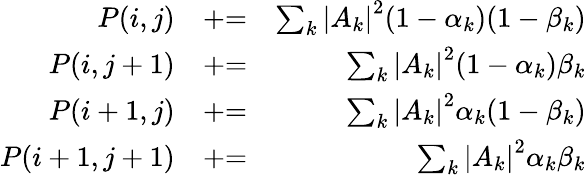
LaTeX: \begin{array}{rlr}{P(i,j)}&{\mathrel{+}=}&{\sum_{k}\left|A_{k}\right|^{2}(1-\alpha_{k})(1-\beta_{k})}\\ {P(i,j+1)}&{\mathrel{+}=}&{\sum_{k}\left|A_{k}\right|^{2}(1-\alpha_{k})\beta_{k}}\\ {P(i+1,j)}&{\mathrel{+}=}&{\sum_{k}\left|A_{k}\right|^{2}\alpha_{k}(1-\beta_{k})}\\ {P(i+1,j+1)}&{\mathrel{+}=}&{\sum_{k}\left|A_{k}\right|^{2}\alpha_{k}\beta_{k}}\end{array}